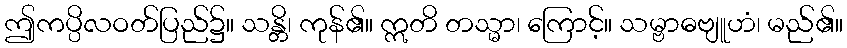
ဤကပ္ပိလဝတ်ပြည်၌။ သန္တိ၊ ကုန်၏။ ဣတိ တသ္မာ၊ ကြောင့်။ သမ္ဗာဓဗျူဟံ၊ မည်၏။